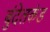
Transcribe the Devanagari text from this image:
बुंदेलकंड